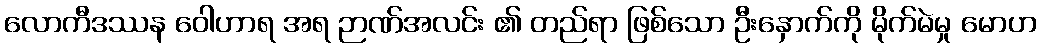
လောကီဒဿန ဝေါဟာရ အရ ဉာဏ်အလင်း ၏ တည်ရာ ဖြစ်သော ဦးနှောက်ကို မိုက်မဲမှု မောဟ